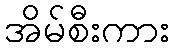
အိမ်စီးကား